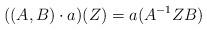
LaTeX: \begin{align*}((A,B)\cdot a)(Z) = a(A^{-1}ZB)\end{align*}